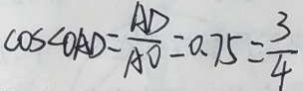
\cos \angle O A D = \frac { A D } { A O } = 0 . 7 5 = \frac { 3 } { 4 }